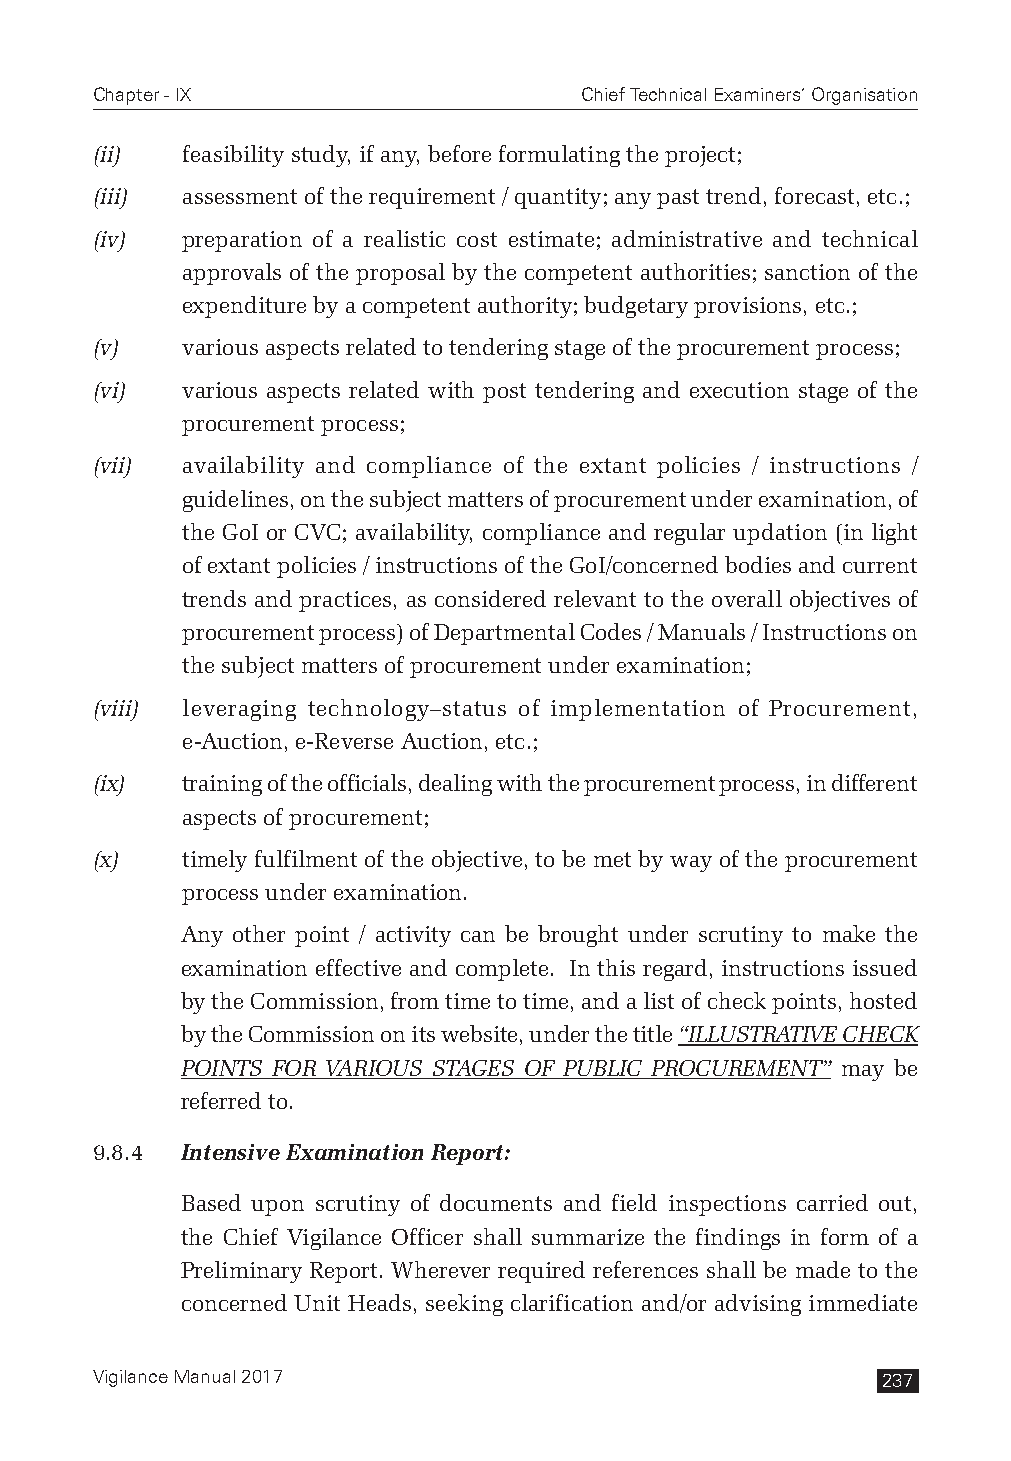
Chapter - IX                    Chief Technical Examiners’ Organisation
 (ii)  feasibility study, if any, before formulating the project;
 (iii) assessment of the requirement / quantity; any past trend, forecast, etc.;
 (iv)  preparation of a realistic cost estimate; administrative and technical
 approvals of the proposal by the competent authorities; sanction of the
 expenditure by a competent authority; budgetary provisions, etc.;
 (v)   various aspects related to tendering stage of the procurement process;
 (vi)  various aspects related with post tendering and execution stage of the
 procurement process;
 (vii) availability and compliance of the extant policies / instructions /
 guidelines, on the subject matters of procurement under examination, of
 the GoI or CVC; availability, compliance and regular updation (in light
 of extant policies / instructions of the GoI/concerned bodies and current
 trends and practices, as considered relevant to the overall objectives of
 procurement process) of Departmental Codes / Manuals / Instructions on
 the subject matters of procurement under examination;
 (viii) leveraging technology–status of implementation of Procurement,
 e-Auction, e-Reverse Auction, etc.;
 (ix)  training of the officials, dealing with the procurement process, in different
 aspects of procurement;
 (x)   timely fulfilment of the objective, to be met by way of the procurement
 process under examination.
 Any other point / activity can be brought under scrutiny to make the
 examination effective and complete. In this regard, instructions issued
 by the Commission, from time to time, and a list of check points, hosted
 by the Commission on its website, under the title “ILLUSTRATIVE CHECK
 POINTS FOR VARIOUS STAGES OF PUBLIC PROCUREMENT” may be
 referred to.
 9.8.4 Intensive Examination Report:
 Based upon scrutiny of documents and field inspections carried out,
 the Chief Vigilance Officer shall summarize the findings in form of a
 Preliminary Report. Wherever required references shall be made to the
 concerned Unit Heads, seeking clarification and/or advising immediate
 Vigilance Manual 2017                               237